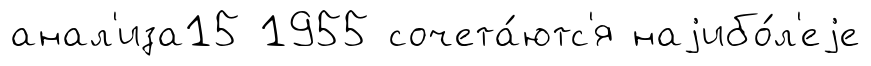
анал'иза15 1955 сочета́ютс'я наjибо́л'еjе